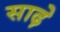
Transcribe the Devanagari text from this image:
साढ़़ेे